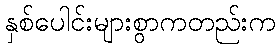
နှစ်ပေါင်းများစွာကတည်းက